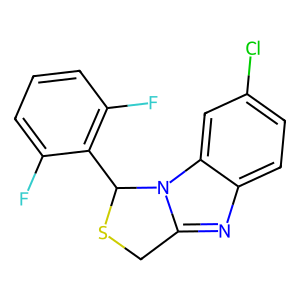
SMILES: Fc1cccc(F)c1C1SCc2nc3ccc(Cl)cc3n21
Inhibits HIV replication: Yes